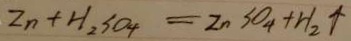
Z n + H _ { 2 } S O _ { 4 } = Z n S O _ { 4 } + H _ { 2 } \uparrow